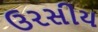
ઉરસીય